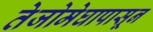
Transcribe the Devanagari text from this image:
तेजोमेघापासून